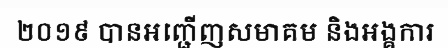
២០១៩ បានអញ្ជើញសមាគម និងអង្គការ